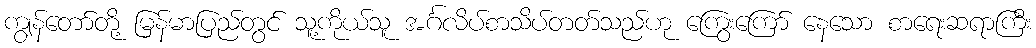
ကျွန်တော်တို့ မြန်မာပြည်တွင် သူ့ကိုယ်သူ အင်္ဂလိပ်စာသိပ်တတ်သည်ဟု ကြွေးကြော် နေသော စာရေးဆရာကြီး